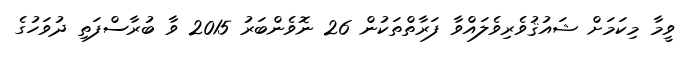
ވީމާ މިކަމަށް ޝައުޤުވެރިވެލައްވާ ފަރާތްތަކުން 26 ނޮވެންބަރު 2015 ވާ ބުރާސްފަތި ދުވަހުގެ